Lunatic asylums Punjab 1881-1894 - 1881-1894
Year: 1881
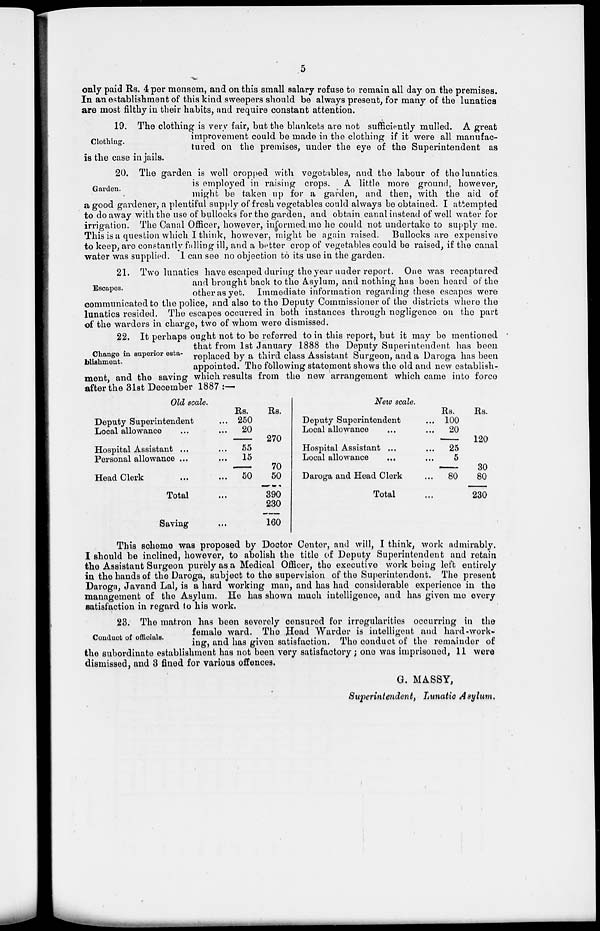
5
only paid Rs. 4 per mensem, and on this small salary refuse to remain all day on the premises.
In an establishment of this kind sweepers should be always present, for many of the lunatics
are most filthy in their habits, and require constant attention.
Clothing.
19. The clothing is very fair, but the blankets are not sufficiently mulled. A great
improvement could be made in the clothing if it were all manufac-
tured on the premises, under the eye of the Superintendent as
is the case in jails.
Garden.
20. The garden is well cropped with vegetables, and the labour of the lunatics
is employed in raising crops. A little more ground, however,
might be taken up for a garden, and then, with the aid of
a good gardener, a plentiful supply of fresh vegetables could always be obtained. I attempted
to do away with the use of bullocks for the garden, and obtain canal instead of well water for
irrigation. The Canal Officer, however, informed me he could not undertake to supply me.
This is a question which I think, however, might be again raised. Bullocks are expensive
to keep, are constantly falling ill, and a better crop of vegetables could be raised, if the canal
water was supplied. I can see no objection to its use in the garden.
Escapes.
21. Two lunatics have escaped during the year under report. One was recaptured
and brought back to the Asylum, and nothing has been heard of the
other as yet. Immediate information regarding these escapes were
communicated to the police, and also to the Deputy Commissioner of the districts where the
lunatics resided. The escapes occurred in both instances through negligence on the part
of the warders in charge, two of whom were dismissed.
Change in superior esta-
blishment.
22. It perhaps ought not to be referred to in this report, but it may be mentioned .
that from 1st January 1888 the Deputy Superintendent has been
replaced by a third class Assistant Surgeon, and a Daroga has been
appointed. The following statement shows the old and new establish-
ment, and the saving which results from the new arrangement which came into force
after the 31st December 1887 :—
Old scale.
Deputy Superintendent
Local allowance
Hospital Assistant ...
Personal allowance ...
Head Clerk
Total
Saving
...
...
...
...
...
...
...
Rs.
250
20
55
15
50
Rs.
270
70
50
390
230
160
New scale.
Deputy Superintendent
Local allowance
Hospital Assistant ...
Local allowance ...
Daroga and Head Clerk
Total
...
...
...
...
...
...
Rs.
100
20
25
5
80
Rs.
120
30
80
230
This scheme was proposed by Doctor Center, and will, I think, work admirably.
I should be inclined, however, to abolish the title of Deputy Superintendent and retain
the Assistant Surgeon purely as a Medical Officer, the executive work being left entirely
in the hands of the Daroga, subject to the supervision of the Superintendent. The present
Daroga, Javand Lal, is a hard working man, and has had considerable experience in the
management of the Asylum. He has shown much intelligence, and has given me every
satisfaction in regard to his work.
Conduct of officials.
23. The matron has been severely censured for irregularities occurring in the
female ward. The Head Warder is intelligent and hard-work-
ing, and has given satisfaction. The conduct of the remainder of
the subordinate establishment has not been very satisfactory; one was imprisoned, 11 were
dismissed, and 3 fined for various offences.
G. MASSY,
Superintendent, Lunatic Asylum.